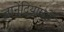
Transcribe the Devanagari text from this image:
ज्ञानेंद्रियांमुळे